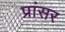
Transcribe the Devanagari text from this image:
प्रांसर